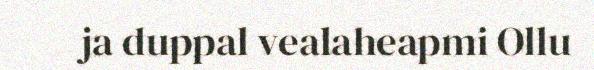
ja duppal vealaheapmi Ollu